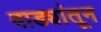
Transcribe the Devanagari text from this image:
वाड्यांतून